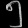
Digit: ၅